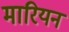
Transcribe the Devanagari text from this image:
मारियन